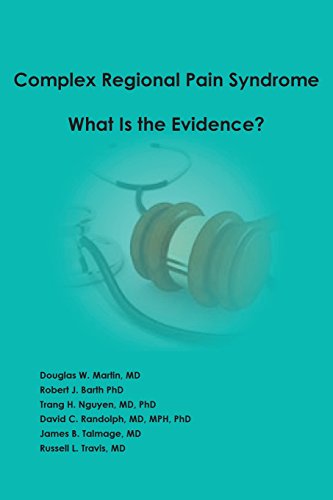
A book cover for Complex Regional Pain Syndrome - What is the Evidence?; Douglas W Martin; Law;